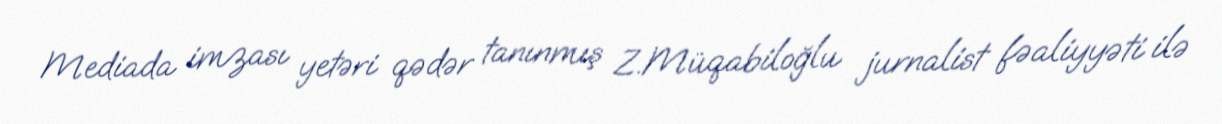
Mediada imzası yetəri qədər tanınmış Z.Müqabiloğlu jurnalist fəaliyyəti ilə